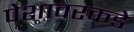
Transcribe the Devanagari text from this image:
पेशावरकडे